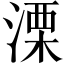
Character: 溧